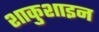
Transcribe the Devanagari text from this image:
शाकुशाइन